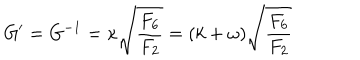
G ^ { \prime } = G ^ { - 1 } = \kappa \sqrt { { \frac { F _ { 6 } } { F _ { 2 } } } } = ( k + \omega ) \sqrt { { \frac { F _ { 6 } } { F _ { 2 } } } }